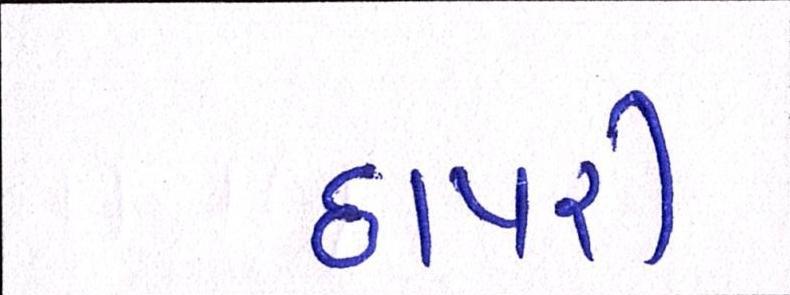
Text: છાપરી